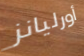
أورليانز